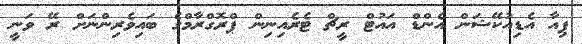
ޕިއާ އެޑިއުކޭޝަން އެންޑް އައުޓް ރީޗް ޓެރެއިނިން ޕްރޮގްރާމްގެ ބައިވެރިންނަށް ރޭ ވަނީ